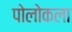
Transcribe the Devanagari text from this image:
पोलोकला